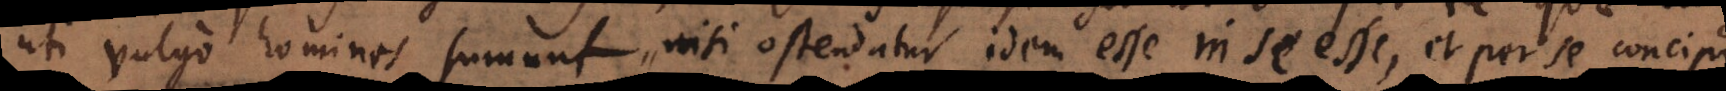
uti vulgo homines sumunt, nisi ostendatur idem esse in se esse, et per se concipi.